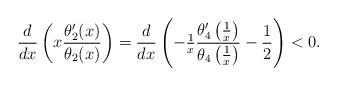
LaTeX: \begin{align*}\frac{d}{dx} \left(x \frac{\theta_2'(x)}{\theta_2(x)}\right) =\frac{d}{dx} \left( - \tfrac{1}{x} \frac{\theta_4' \left( \tfrac{1}{x} \right)}{\theta_4 \left( \tfrac{1}{x} \right)} -\frac{1}{2}\right) < 0.\end{align*}